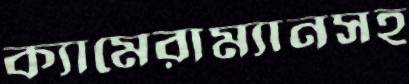
ক্যামেরাম্যানসহ